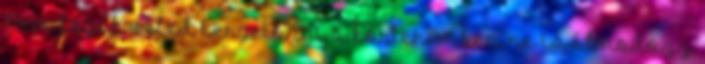
Nem fogok veled kergetőzni a kórteremben, ne is álmodozz